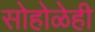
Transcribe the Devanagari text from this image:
सोहोळेही